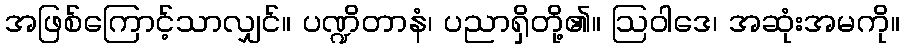
အဖြစ်ကြောင့်သာလျှင်။ ပဏ္ဍိတာနံ၊ ပညာရှိတို့၏။ ဩဝါဒေ၊ အဆုံးအမကို။